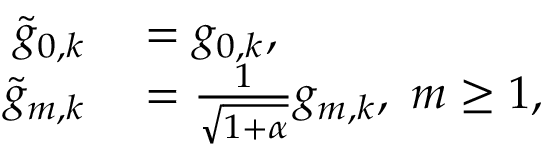
\begin{array} { r l } { \tilde { g } _ { 0 , k } } & { { } = g _ { 0 , k } , } \\ { \tilde { g } _ { m , k } } & { { } = \frac { 1 } { \sqrt { 1 + \alpha } } g _ { m , k } , \ m \geq 1 , } \end{array}